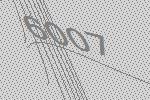
6007